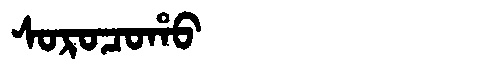
Manchu: ᠰᠣᡵᠣᠴᠣᡥᠣ
Romanization: SOROCOHO